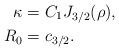
LaTeX: \begin{align*}\kappa&=C_1J_{3/2}(\rho),\\R_0&=c_{3/2}.\end{align*}